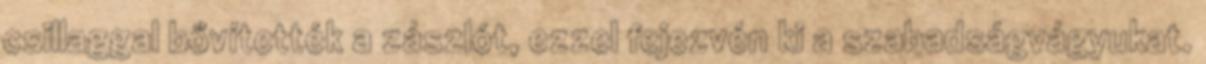
csillaggal bővítették a zászlót, ezzel fejezvén ki a szabadságvágyukat.